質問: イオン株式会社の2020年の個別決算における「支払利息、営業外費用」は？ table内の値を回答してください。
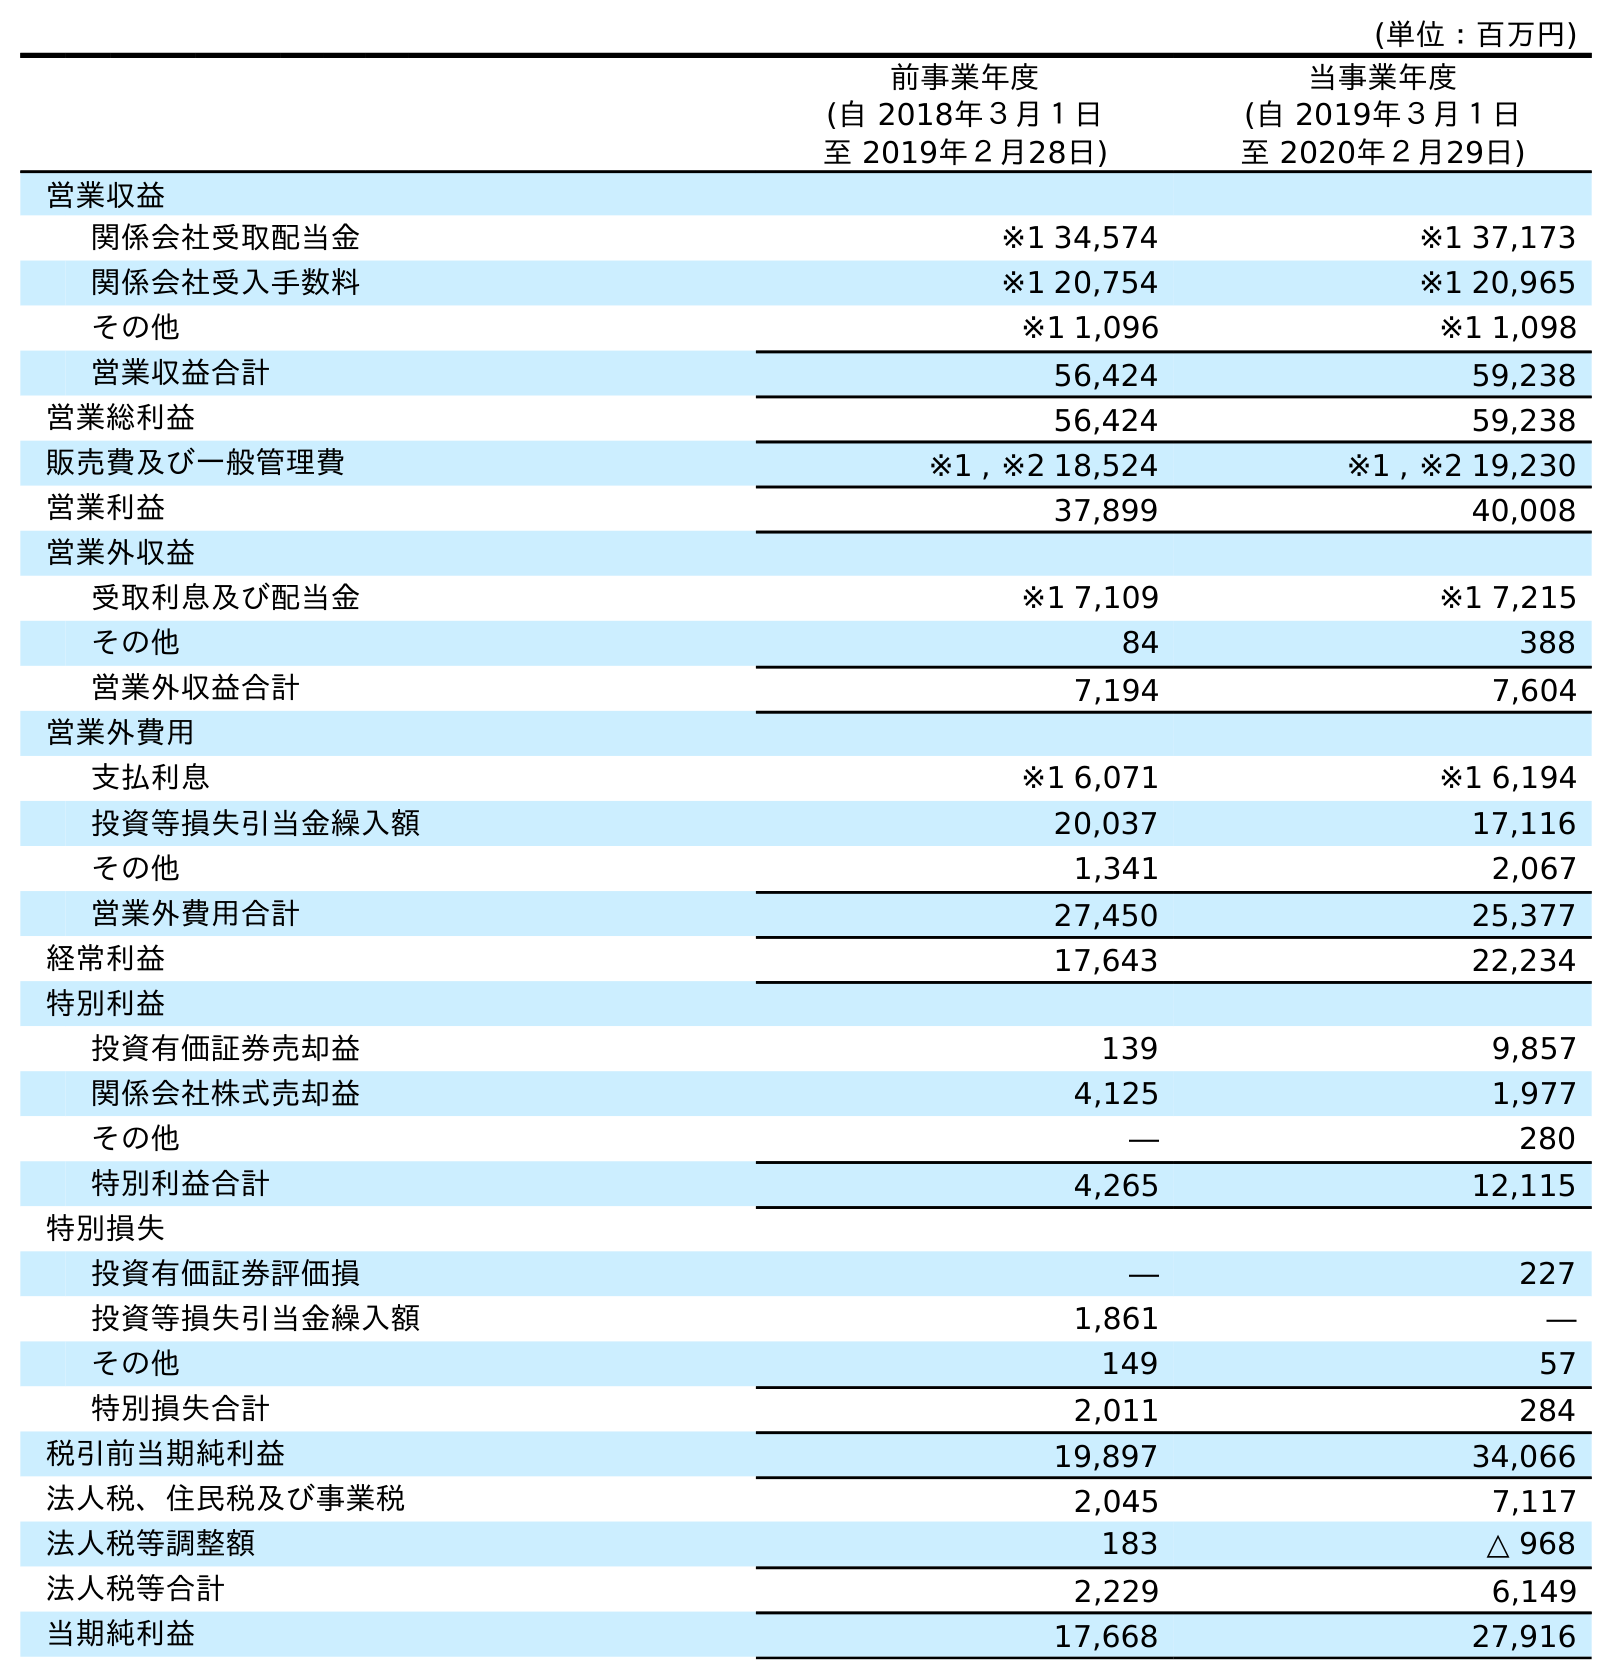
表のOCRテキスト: (単位：百万円) 前事業年度 (自 2018年３月１日 至 2019年２月28日) 当事業年度 (自 2019年３月１日 至 2020年２月29日) 営業収益 関係会社受取配当金 ※1 34,574 ※1 37,173 関係会社受入手数料 ※1 20,754 ※1 20,965 その他 ※1 1,096 ※1 1,098 営業収益合計 56,424 59,238 営業総利益 56,424 59,238 販売費及び一般管理費 ※1 , ※2 18,524 ※1 , ※2 19,230 営業利益 37,899 40,008 営業外収益 受取利息及び配当金 ※1 7,109 ※1 7,215 その他 84 388 営業外収益合計 7,194 7,604 営業外費用 支払利息 ※1 6,071 ※1 6,194 投資等損失引当金繰入額 20,037 17,116 その他 1,341 2,067 営業外費用合計 27,450 25,377 経常利益 17,643 22,234 特別利益 投資有価証券売却益 139 9,857 関係会社株式売却益 4,125 1,977 その他 ― 280 特別利益合計 4,265 12,115 特別損失 投資有価証券評価損 ― 227 投資等損失引当金繰入額 1,861 ― その他 149 57 特別損失合計 2,011 284 税引前当期純利益 19,897 34,066 法人税、住民税及び事業税 2,045 7,117 法人税等調整額 183 △ 968 法人税等合計 2,229 6,149 当期純利益 17,668 27,916
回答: ※16,194